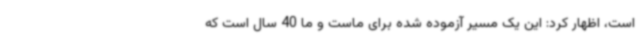
است، اظهار کرد: این یک مسیر آزموده شده برای ماست و ما 40 سال است که